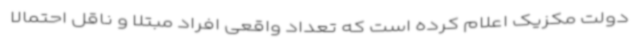
دولت مکزیک اعلام کرده است که تعداد واقعی افراد مبتلا و ناقل احتمالاً